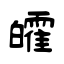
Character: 皬